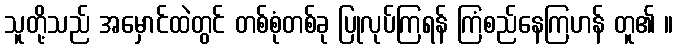
သူတို့သည် အမှောင်ထဲတွင် တစ်စုံတစ်ခု ပြုလုပ်ကြရန် ကြံစည်နေကြဟန် တူ၏ ။